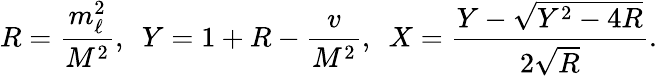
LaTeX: R=\frac{m_{\ell}^{2}}{M^{2}},\ \ Y=1+R-\frac{v}{M^{2}},\ \ X=\frac{Y-\sqrt{Y^{2}-4R}}{2\sqrt{R}}.